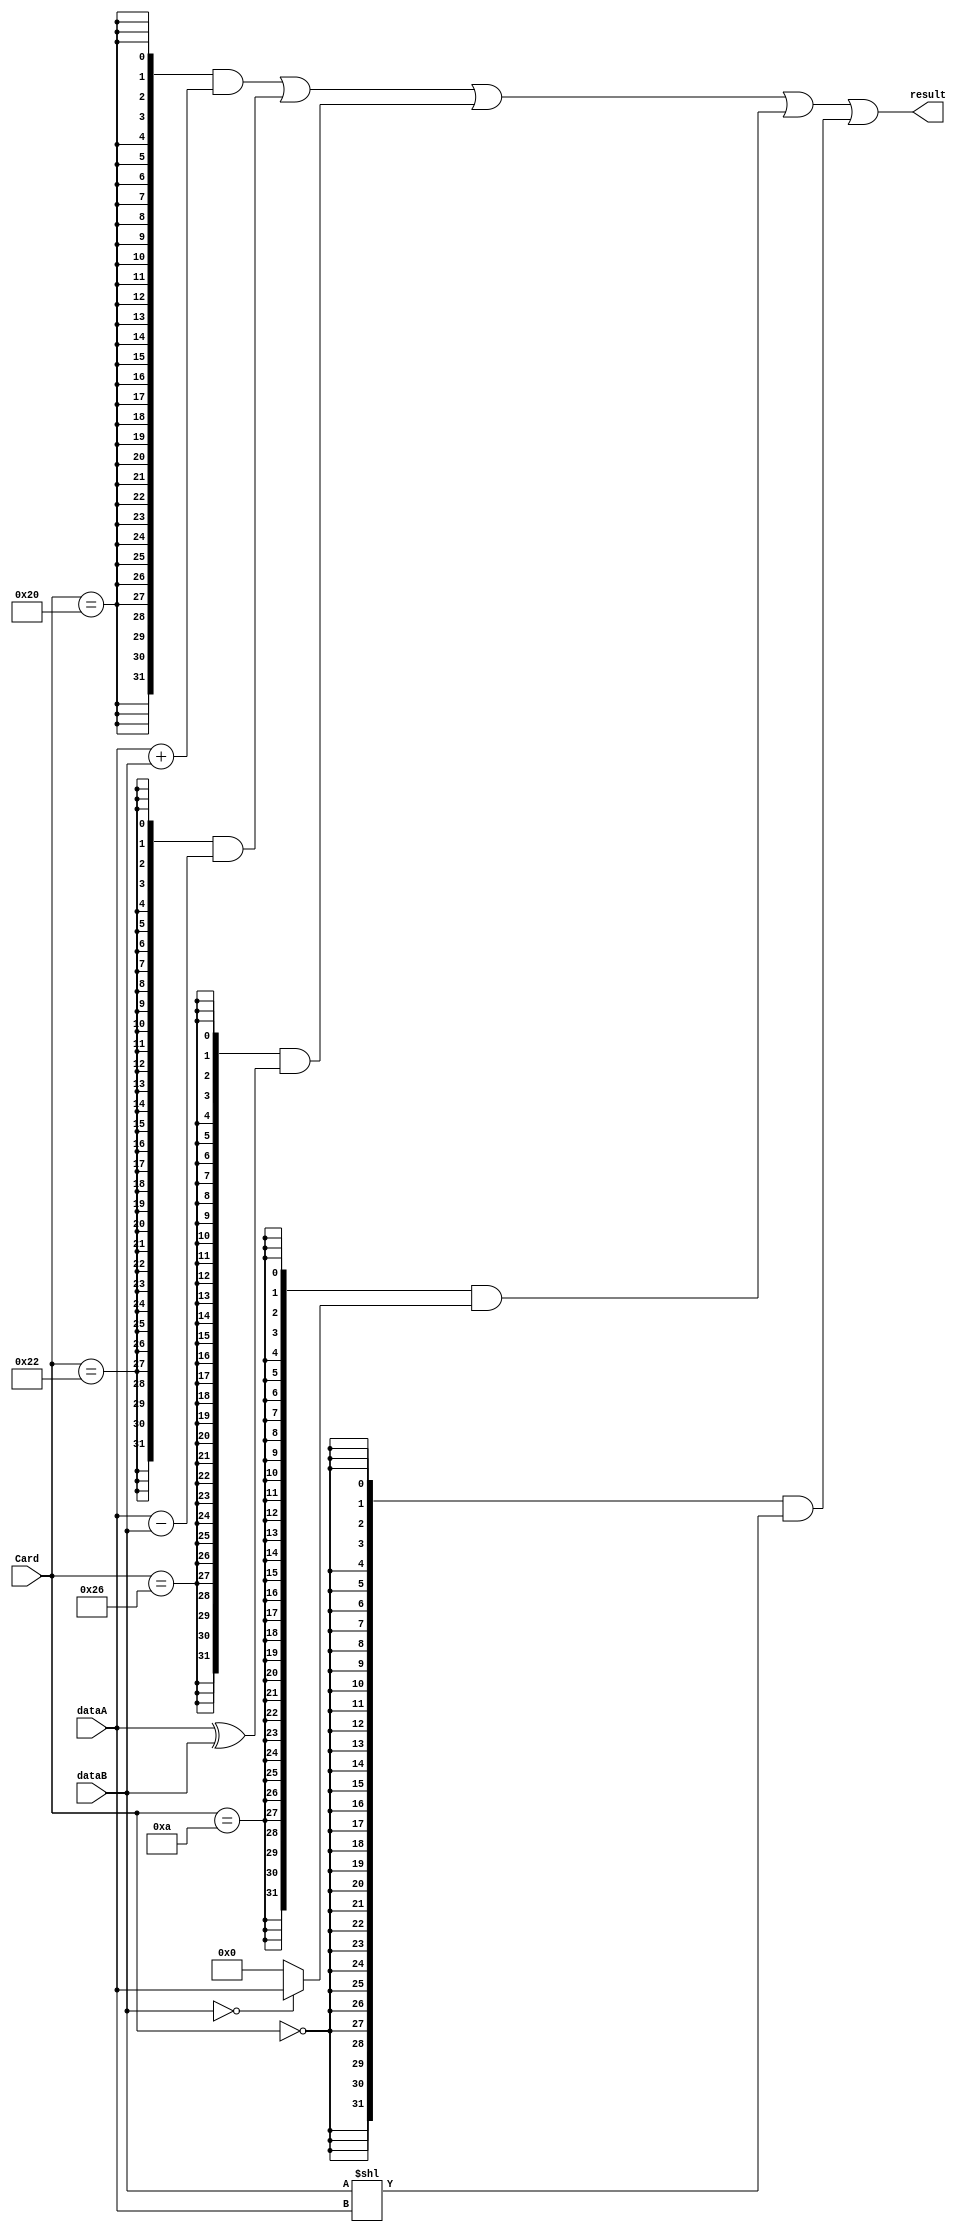
`timescale 1ns / 1ps

`define ADD  6'b100000
`define SUB  6'b100010
`define XOR  6'b100110
`define MOVZ 6'b001010
`define SLL  6'b000000

module alu (
    input  [31:0]   dataA,
    input  [31:0]   dataB,
    input  [5:0]    Card,
    output [31:0]   result
);
    wire [31:0] add_result;
    wire [31:0] sub_result;
    wire [31:0] xor_result;
    wire [31:0] movz_result;
    wire [31:0] sll_result;

    assign add_result  = dataA + dataB;
    assign sub_result  = dataA - dataB;
    assign xor_result  = dataA ^ dataB;
    assign movz_result = (dataB == 32'b0) ? dataA : 32'b0;
    assign sll_result  = dataB << dataA;
    
    assign result = ({32{Card == `ADD}} & add_result) |
                    ({32{Card == `SUB}} & sub_result) |
                    ({32{Card == `XOR}} & xor_result) |
                    ({32{Card == `MOVZ}} & movz_result) |
                    ({32{Card == `SLL}} & sll_result);

endmodule